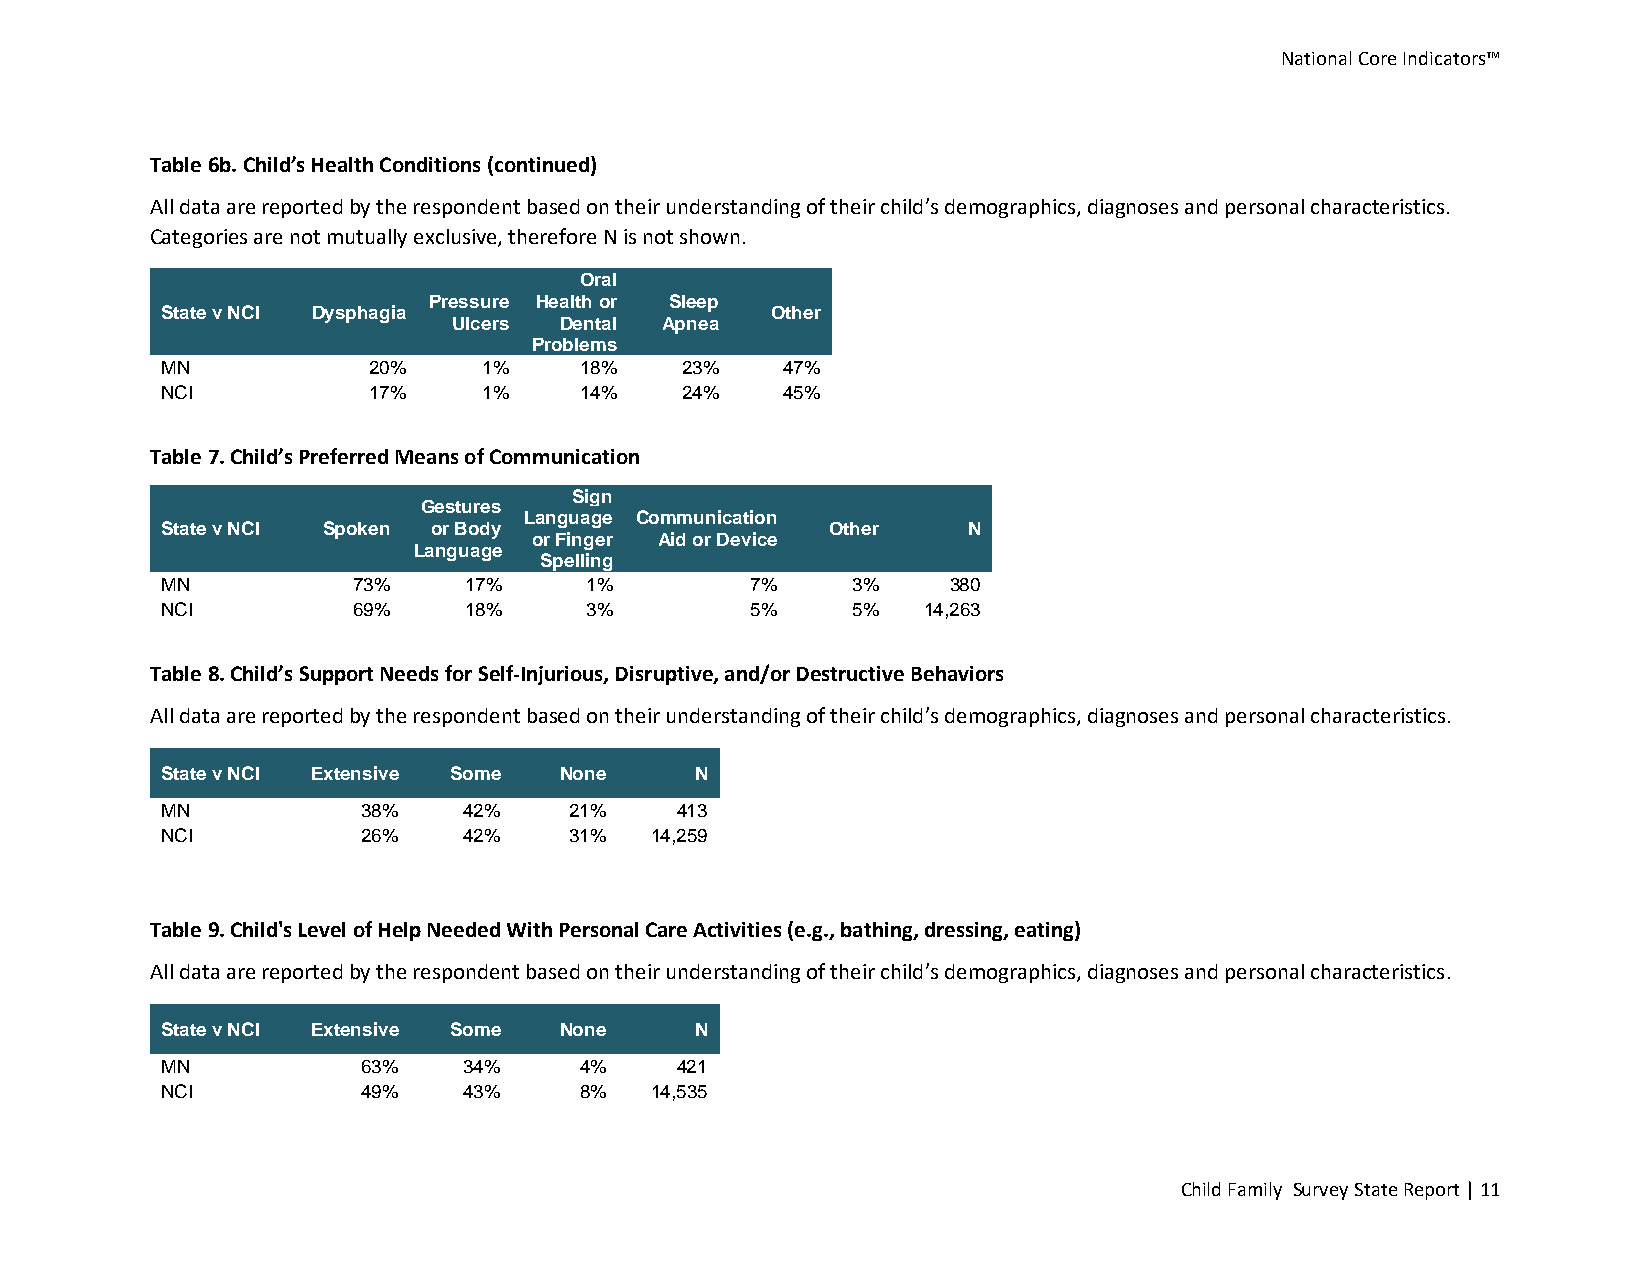
National Core Indicators™
 Table 6b. Child’s Health Conditions (continued)
 All data are reported by the respondent based on their understanding of their child’s demographics, diagnoses and personal characteristics.
 Categories are not mutually exclusive, therefore N is not shown.
 Oral
 Pressure Health or Sleep
 State v NCI Dysphagia                   Other
 Ulcers Dental Apnea
 Problems
 MN           20%     1%    18%    23%    47%
 NCI          17%     1%    14%    24%    45%
 Table 7. Child’s Preferred Means of Communication
 Sign
 Gestures
 Language Communication
 State v NCI Spoken or Body                  Other    N
 or Finger Aid or Device
 Language
 Spelling
 MN          73%     17%     1%         7%    3%     380
 NCI         69%     18%     3%         5%    5%   14,263
 Table 8. Child’s Support Needs for Self-Injurious, Disruptive, and/or Destructive Behaviors
 All data are reported by the respondent based on their understanding of their child’s demographics, diagnoses and personal characteristics.
 State v NCI Extensive Some None    N
 MN           38%    42%    21%    413
 NCI          26%    42%    31%  14,259
 Table 9. Child's Level of Help Needed With Personal Care Activities (e.g., bathing, dressing, eating)
 All data are reported by the respondent based on their understanding of their child’s demographics, diagnoses and personal characteristics.
 State v NCI Extensive Some None    N
 MN           63%    34%    4%     421
 NCI          49%    43%    8%   14,535
 Child Family Survey State Report | 11